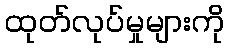
ထုတ်လုပ်မှုများကို